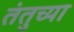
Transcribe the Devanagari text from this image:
तंतुच्या